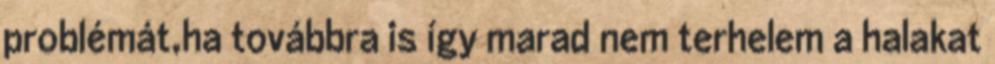
problémát,ha továbbra is így marad nem terhelem a halakat